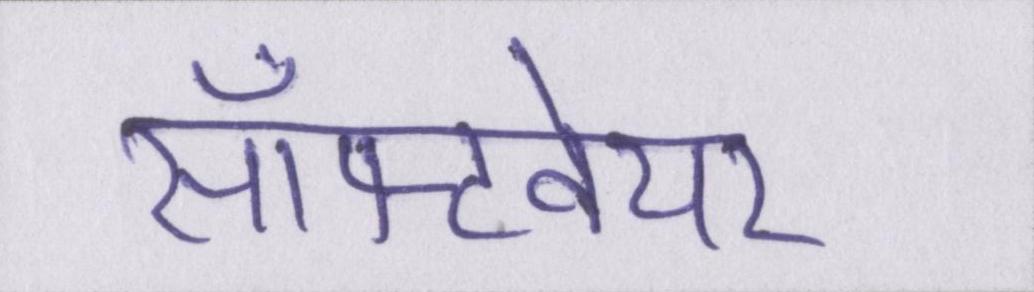
सॉफ्टवेयर